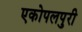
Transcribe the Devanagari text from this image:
एकोपलपुरी